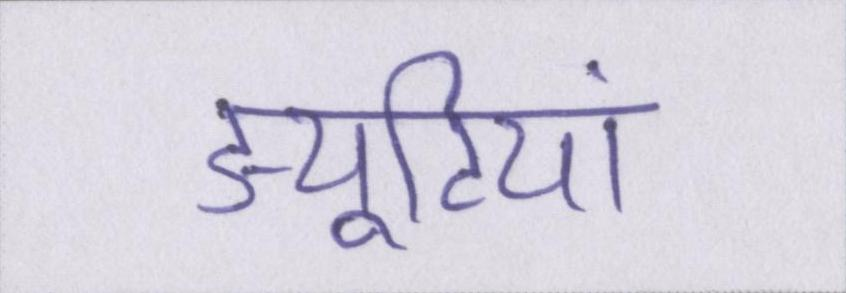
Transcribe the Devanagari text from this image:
ड्यूटियां